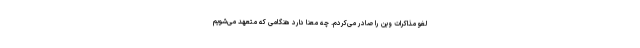
لغو مذاکرات وین را صادر می‌کردم. چه معنا دارد هنگامی که متعهد می‌شویم